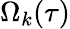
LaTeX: \Omega_{k}(\tau)